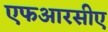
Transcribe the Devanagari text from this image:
एफआरसीए